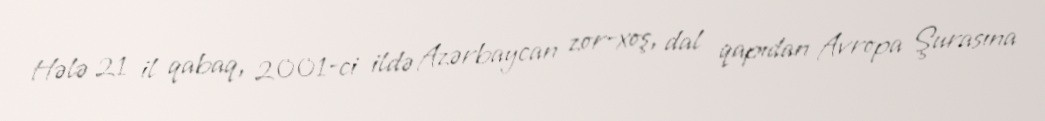
Hələ 21 il qabaq, 2001-ci ildə Azərbaycan zor-xoş, dal qapıdan Avropa Şurasına